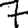
Digit: 7